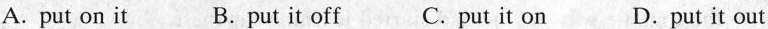
A. put on it B.put it off C.put it on D.put it out